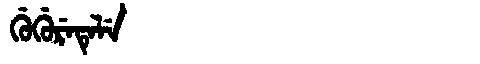
Manchu: ᡤᡠᡤᡠᡵᡝᡨᡝᠯᡝ
Romanization: GUGURETELE